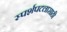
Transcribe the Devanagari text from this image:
स्पर्शपटलासाठी